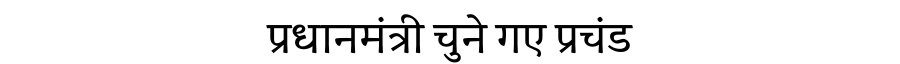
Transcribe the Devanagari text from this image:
प्रधानमंत्री चुने गए प्रचंड